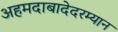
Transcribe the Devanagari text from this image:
अहमदाबादेदरम्यान